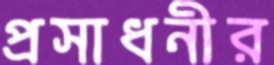
প্রসাধনীর